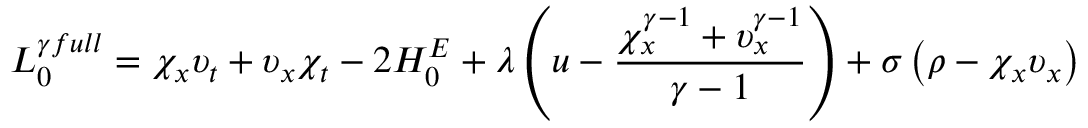
{ \cal L } _ { 0 } ^ { \gamma f u l l } = \chi _ { x } \upsilon _ { t } + \upsilon _ { x } \chi _ { t } - 2 { \cal H } _ { 0 } ^ { E } + \lambda \left( u - \frac { \chi _ { x } ^ { \gamma - 1 } + \upsilon _ { x } ^ { \gamma - 1 } } { \gamma - 1 } \right) + \sigma \left( \rho - \chi _ { x } \upsilon _ { x } \right)